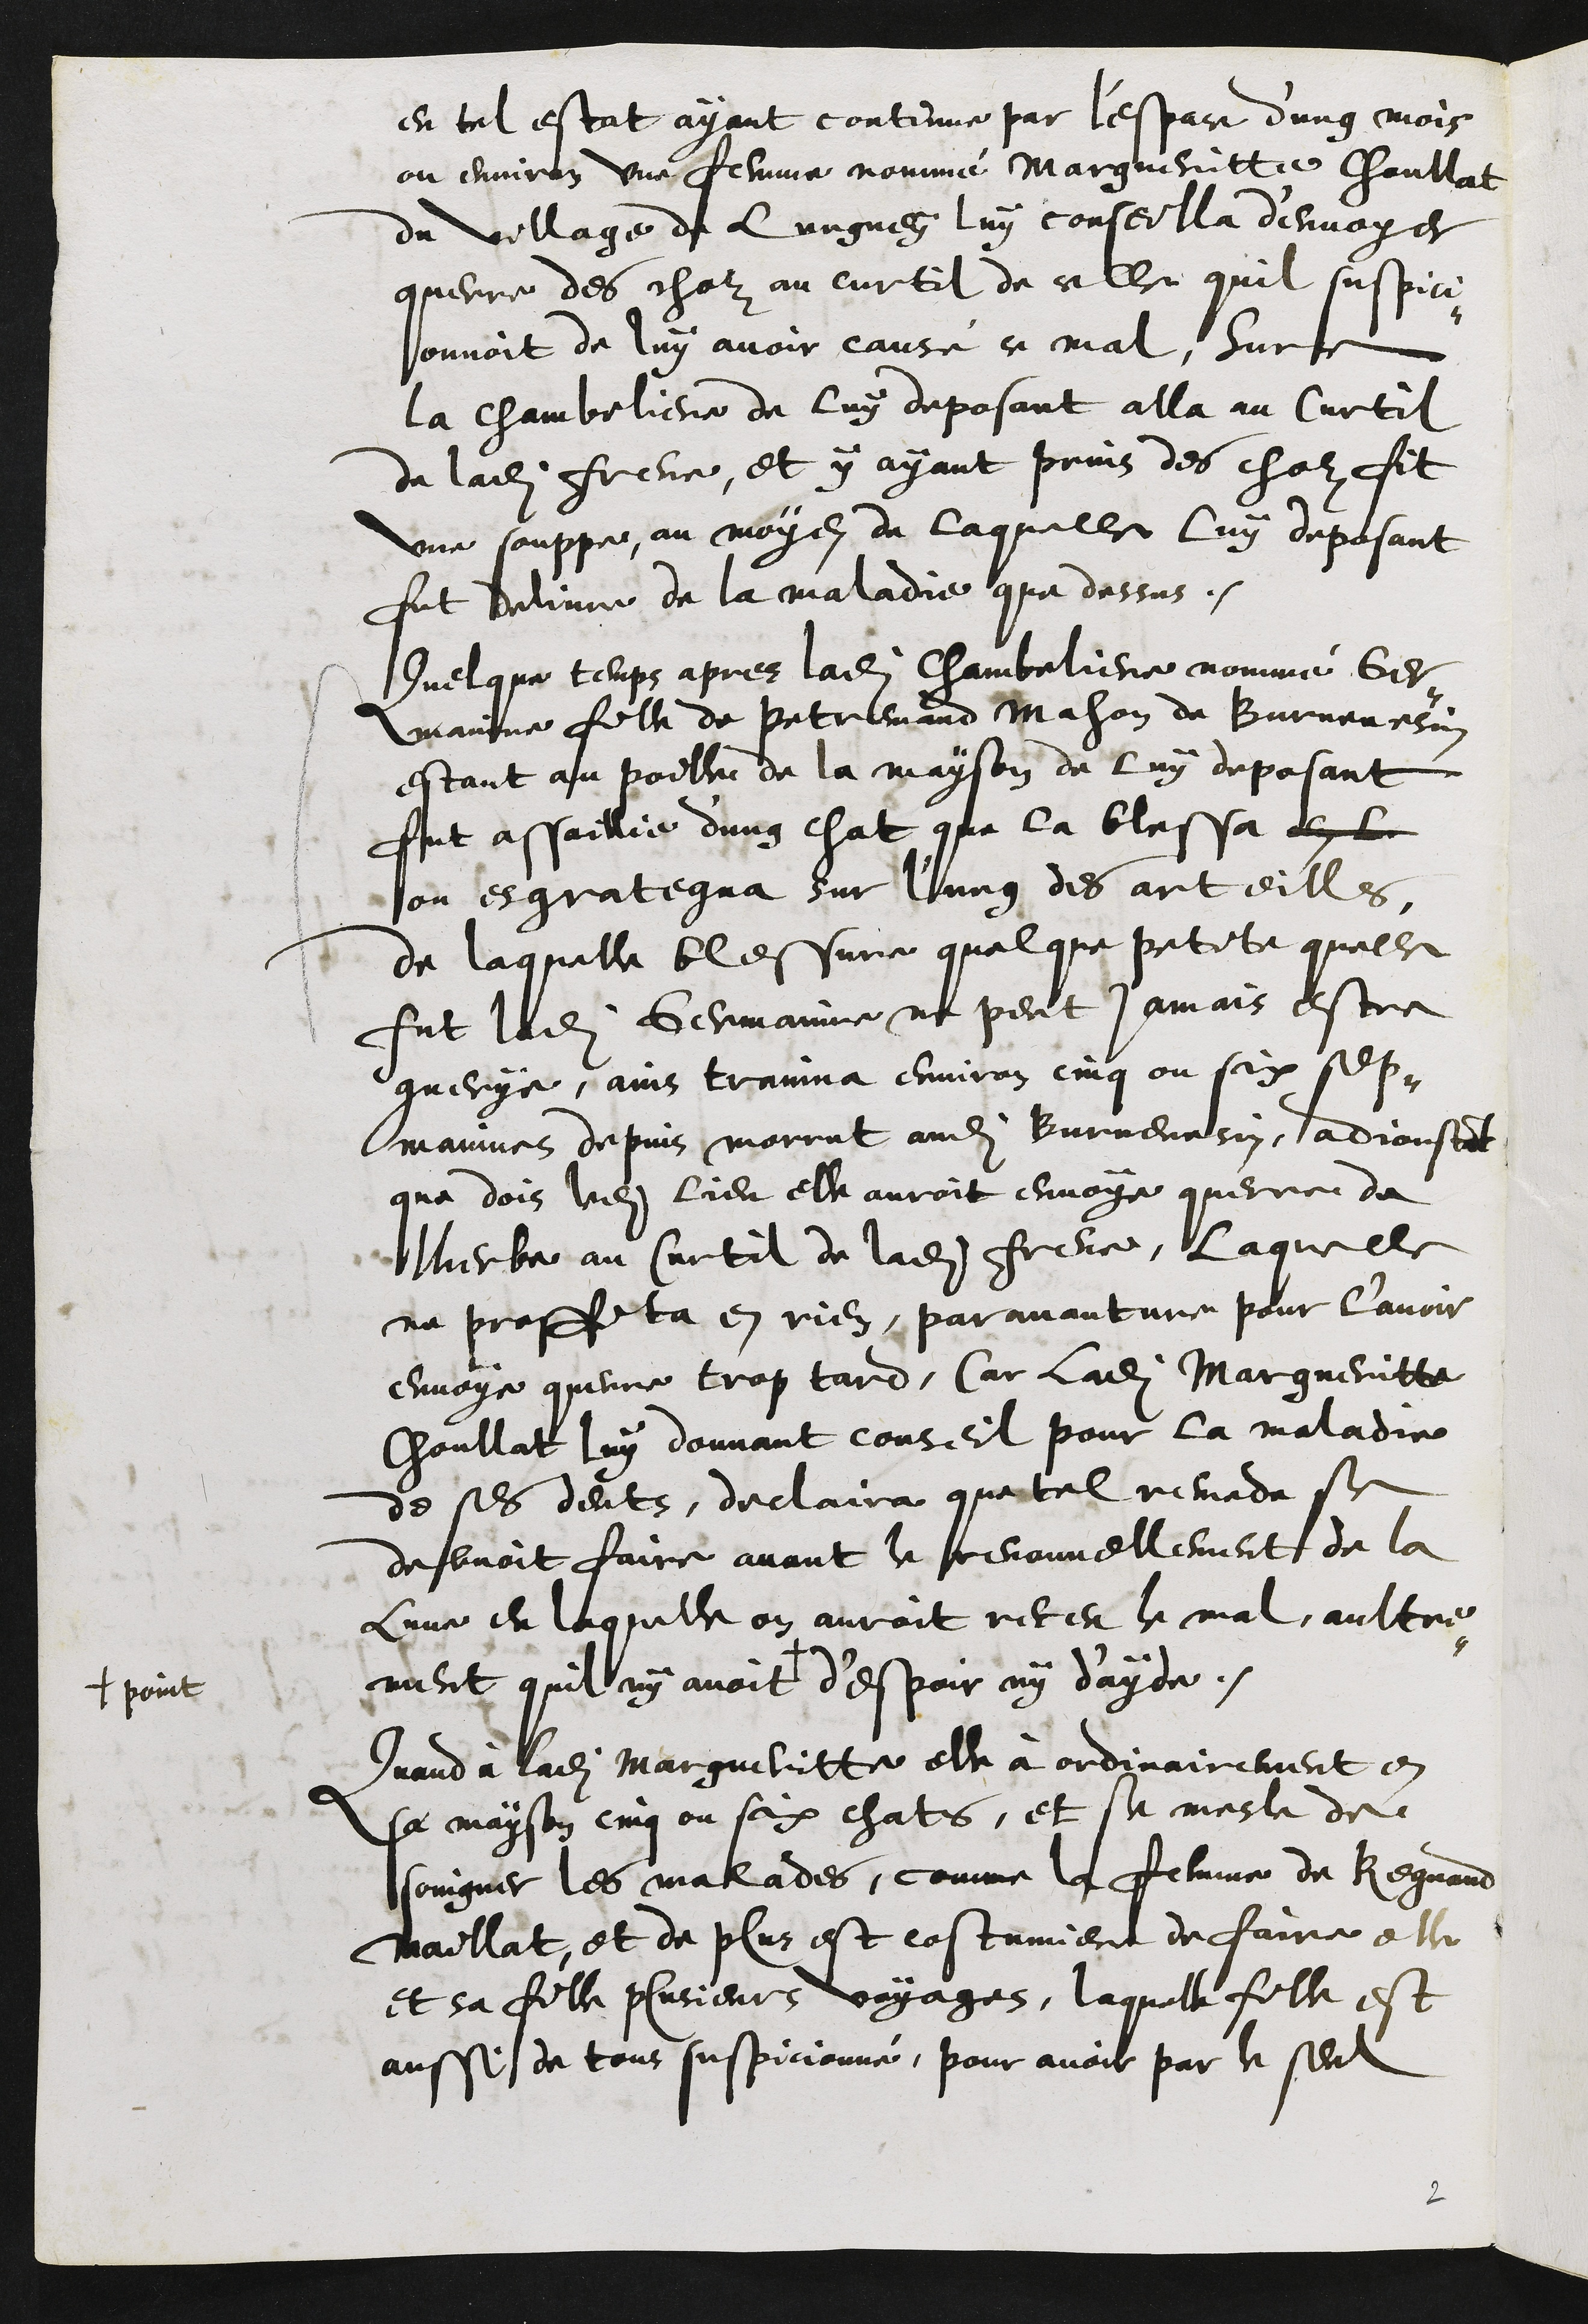
en tel estant ayant continue par l'espace dung mois
ou environ une femme nommé Margueritte Choullat
du village de Lungney luy conseilla d'envoyer
querre des cholz au curtil de celle quil suspici¬
onnoit de luy avoir causé ce mal, Sur ce
la chambeliere de luy deposant alla au Curtil
de ladite Frene, et y ayant prins des cholz fit
une souppe, au moyen de laquelle luy deposant
fut delivre de la maladie que dessus.
Quelque temps apres ladite chambeliere nommé Ger¬
mainne fille de petremand Mahon de Burnevesin
estant au poille de la mayson de luy deposant
fut assaillie d'ung chat que la blessa en le
ou esgrategna sur l'ung des arteilles,
de laquelle blessure quelque petite quelle
fut ladite Germaine ne peut jamais estre
guerye, ains trainna environ cinq ou six sep¬
maines depuis morrut audit Burnevesin, adjoustant
que dois ledit lieu elle auroit envoye querre de
lherbe au Curtil de ladite Frene, laquelle
ne proffita en rien, par avanture pour l’avoir
envoye querre trop tard, Car ladite Margueritte
Choullat luy donnant conseil pour la maladie
de ses dents, declaira que tel remede se
debvoit faire avant le renouvellement de la
lune en laquelle on auroit receu le mal, aultre¬
ment quil ny avoit
+ point
d'espoir ny d'ayde.
Quand à ladite Margueritte elle à ordinairement en
sa mayson cinq ou six chats, et se mesle de
soingner les malades, comme la femme de Regnaud
Maillat, et de plus est costumiere de faire elle
et sa fille plusieurs voyages, laquelle fille est
aussi de tous suspicionné, pour avoir par le seul
2